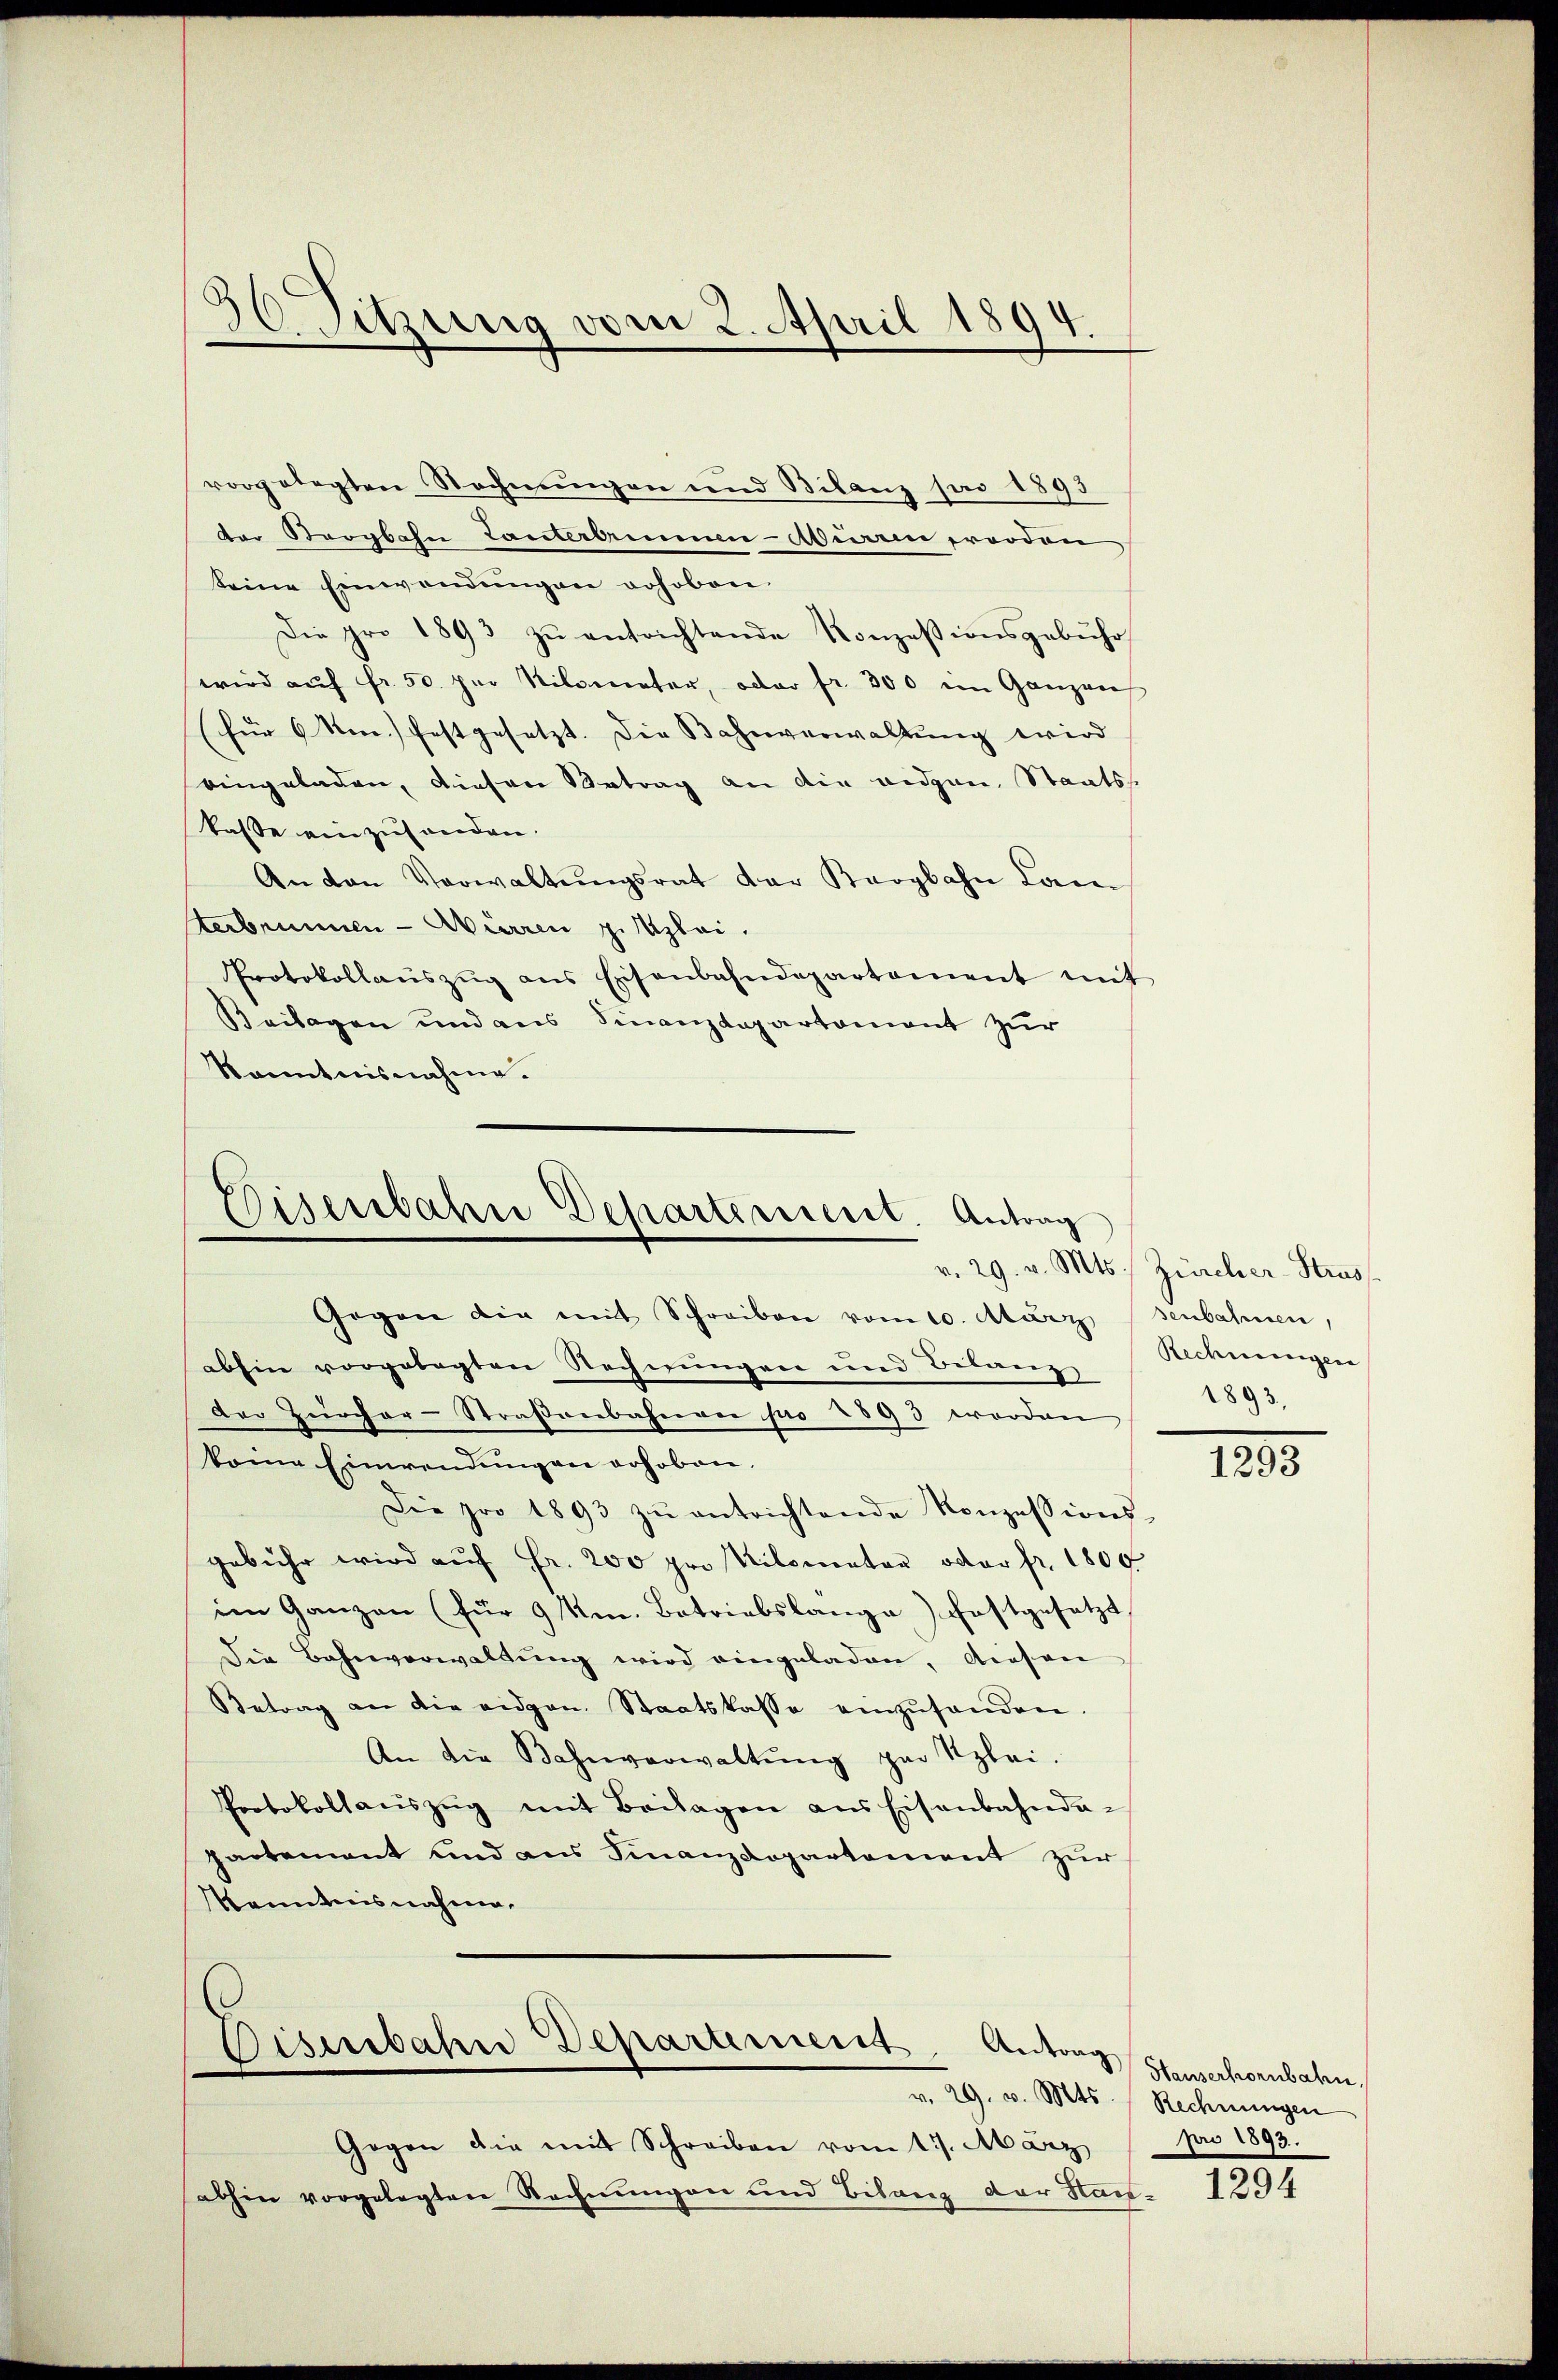
30. Sitzung vom 2. April 1894.

vorgelegten Rechnungen und Bilanz par 1893
der Bergbahn Tanterammen-Abirren proodon
keine Einwendungen vohoben.
Die pro 1893 zŭ entrichtende Konzesionsgebühr
wird aŭf fr. 50 per Nilometer, oder fr. 300 im Ganzen
(für 6 Non festgesetzt. Die Bahnverwaltung wird
eingeladen, diesen Betrag an die eidgen. Staatss
kasse einzuhanden.
An von Verwaltŭngsrat der Kargbahn Lan
terbrunnen - Mürren zu Klei
Protokollaŭszŭg ans Eisenbahndepartement mit
Beilagen und aus Finanzdepartement zur
Kenntnisnahme.

Disenbahne Departerrent. Antrag
Gegen die mit Schreiben vom 10. März

abhin vorgelegten Rechnungen und Belang
Der Zürcher-Straßenbahnen pro 1893 worden
kome Einwendŭngen erhoben.
Die pro 1893 zŭ entrichtende Konzessions-
gebühr wird aŭf Fr. 200 pro Kilomentar oder fr. 1800
im Ganzen (für 9 Um. Betriebslange festgesetzt
Die Bahnverwaltŭng wird eingeladen, diesen
Betrag an die eidgen. Staatskasse einzŭhanden.
An die Bahnverwaltŭng par Szlei-
Protokollaŭszŭg mit Beilagen ans Eisenbahnda-
partement und aus Finanzdepartement zur
Kenntnisnahme.

Diserbahne Departement. Antrag
v. 29. v. Mts.

Gegen die mit Schreiben vom 17. März
abhin vorgelegten Rechnungen und Bilanz der Stan¬

v. 29. v. Mts. Zürcher-Stras
senbahnen,
Rechnungen
1893,

1293

Hauserhornbahn,
Rechnungen
pro 1893.

1294